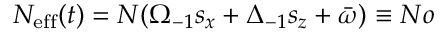
N _ { \mathrm { e f f } } ( t ) = N ( \Omega _ { - 1 } s _ { x } + \Delta _ { - 1 } s _ { z } + \bar { \omega } ) \equiv N o